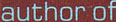
author of